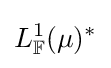
L_{\mathbb {F} }^{1}(\mu )^{*}